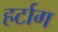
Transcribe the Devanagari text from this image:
हर्टाग